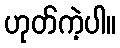
ဟုတ်ကဲ့ပါ။